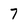
Character: 7